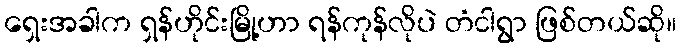
ရှေးအခါက ရှန်ဟိုင်းမြို့ဟာ ရန်ကုန်လိုပဲ တံငါရွာ ဖြစ်တယ်ဆို။